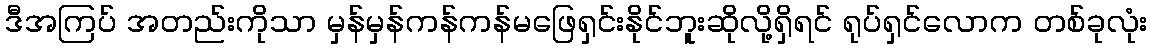
ဒီအကြပ် အတည်းကိုသာ မှန်မှန်ကန်ကန်မဖြေရှင်းနိုင်ဘူးဆိုလို့ရှိရင် ရုပ်ရှင်လောက တစ်ခုလုံး